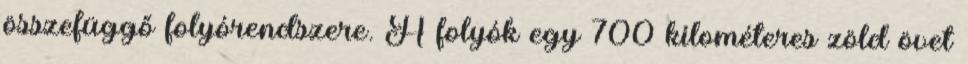
összefüggő folyórendszere. A folyók egy 700 kilométeres zöld övet